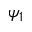
\psi _ { 1 }